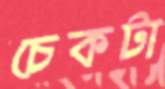
চেকটা